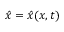
\hat { x } = \hat { x } ( x , t )